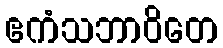
ဧကံသဘာဝိတေ